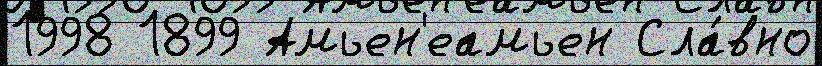
1998 1899 Амьен'еамьен Сла́вно